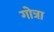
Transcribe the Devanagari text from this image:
गोत्रा